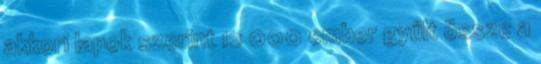
akkori lapok szerint 12 000 ember gyűlt össze a